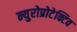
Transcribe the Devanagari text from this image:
न्युरोप्रोटेक्टिव